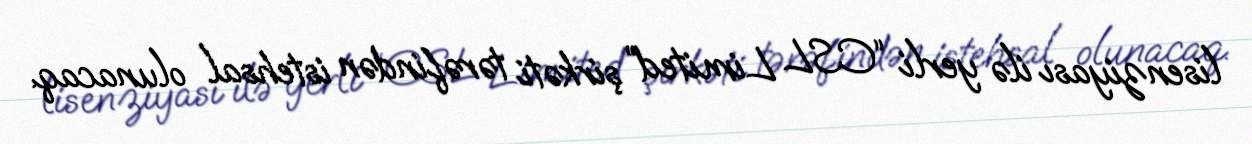
lisenziyası ilə yerli “CSL Limited” şirkəti tərəfindən istehsal olunacaq.